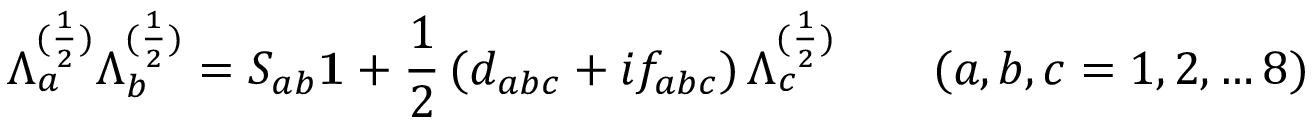
\Lambda _ { a } ^ { ( \frac { 1 } { 2 } ) } \Lambda _ { b } ^ { ( \frac { 1 } { 2 } ) } = S _ { a b } { \bf 1 } + \frac { 1 } { 2 } \, ( d _ { a b c } + i f _ { a b c } ) \, \Lambda _ { c } ^ { ( \frac { 1 } { 2 } ) } \quad \quad ( a , b , c = 1 , 2 , \dots 8 )